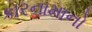
કારનામાનો